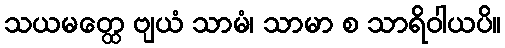
သယမတ္ထေ ဗျယံ သာမံ၊ သာမာ စ သာရိဝါယပိ။